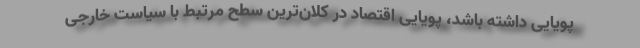
پویایی داشته باشد، پویایی اقتصاد در کلان‌ترین سطح مرتبط با سیاست خارجی